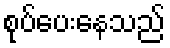
စုပ်ပေးနေသည်